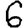
Digit: 6